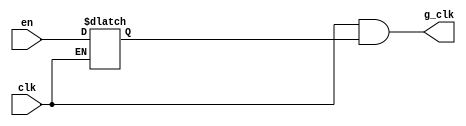
module Gate_clock(
/*AUTOARG*/
   // Outputs
   g_clk,
   // Inputs
   clk, en
   );

input   clk;
input   en;
output  g_clk;

reg     latch_en;

always@(*)
begin
    if(~clk)
        latch_en = en;
end

assign g_clk = clk & latch_en;

endmodule